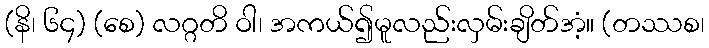
(နိ၊ ၆၄) (စေ) လဂ္ဂတိ ဝါ၊ အကယ်၍မူလည်းလှမ်းချိတ်အံ့။ (တဿစ၊